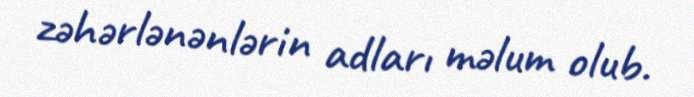
zəhərlənənlərin adları məlum olub.